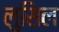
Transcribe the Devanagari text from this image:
लुसिल